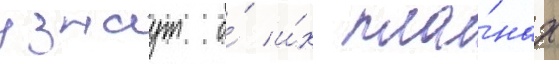
узнаут о́ и́х пла́нах